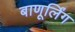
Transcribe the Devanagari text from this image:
बाणूर्लिंग